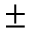
\pm